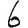
Digit: 6